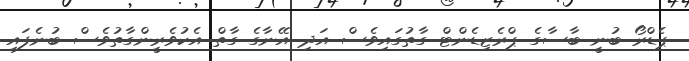
ޕެޑްރޯ ބުނީ ބާސާގެ ޕްރެޒިޑެންޓް ގާތުގައިވެސް އަދި އޭނާގެ ގާތް އެކުވެރީންގާތުވެސް ބުނެފައި